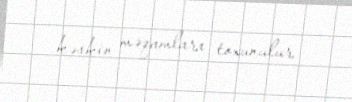
kəskin məqamlara toxunulur.